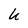
Character: U